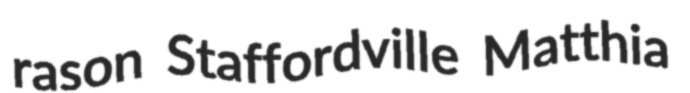
rason Staffordville Matthia